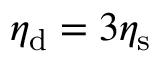
\eta _ { \mathrm { d } } = 3 \eta _ { \mathrm { s } }